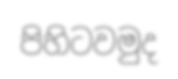
පිහිටවමුද